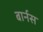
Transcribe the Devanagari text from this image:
बार्नस